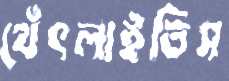
থেঁৎলাইতিস